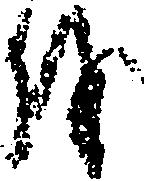
を